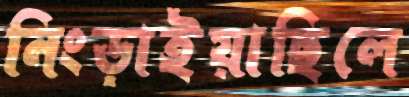
নিংড়াইয়াছিলে